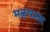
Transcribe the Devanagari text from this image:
मळ्याला